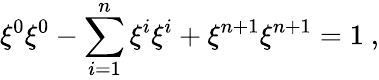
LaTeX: \xi^{0}\xi^{0}-\sum_{i=1}^{n}\xi^{i}\xi^{i}+\xi^{n+1}\xi^{n+1}=1~,